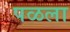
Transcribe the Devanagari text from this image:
पळला